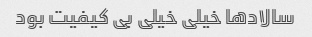
سالاد‌ها خیلی خیلی بی کیفیت بود